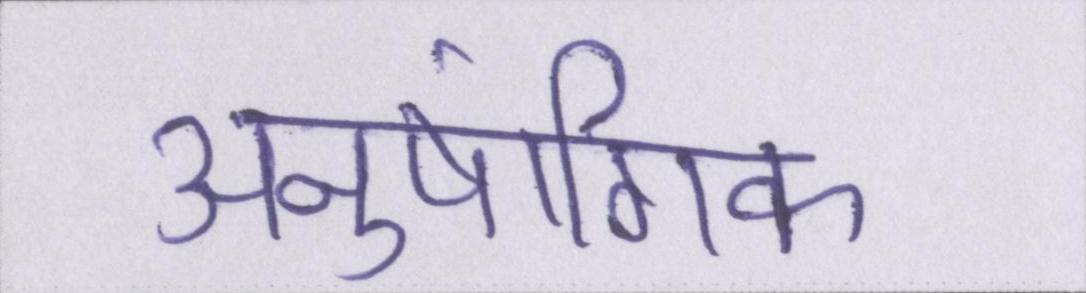
अनुषांगिक